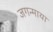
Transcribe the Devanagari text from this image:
जगन्माया